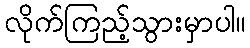
လိုက်ကြည့်သွားမှာပါ။